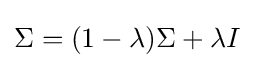
\Sigma =(1-\lambda )\Sigma +\lambda I